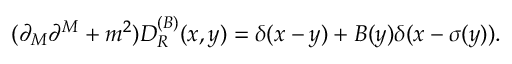
( \partial _ { M } \partial ^ { M } + m ^ { 2 } ) D _ { R } ^ { ( B ) } ( x , y ) = \delta ( x - y ) + B ( y ) \delta ( x - \sigma ( y ) ) .